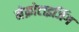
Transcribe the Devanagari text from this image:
नेक्रोटाइजिंग